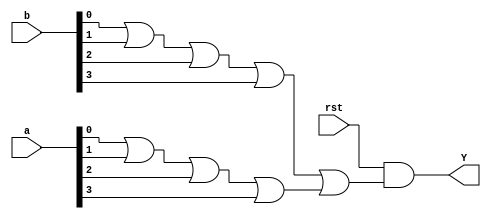
`timescale 1ns / 1ps
//////////////////////////////////////////////////////////////////////////////////
// Company: 
// Engineer: 
// 
// Design Name: 
// Module Name:    logical_or 
// Project Name:  
//
//////////////////////////////////////////////////////////////////////////////////
module logical_or(Y,a,b,rst);
input [3:0]a,b;
input rst;
output Y;
wire [2:0]w;

or a0(w[0],a[0],a[1],a[2],a[3]);
or a1(w[1],b[0],b[1],b[2],b[3]);
or a2(w[2],w[1],w[0]);
and a3(Y,rst,w[2]);

endmodule